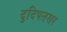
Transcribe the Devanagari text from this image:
दुदिपतसर